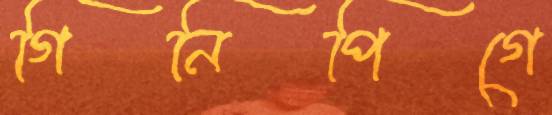
গিনিপিগে